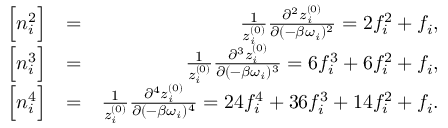
\begin{array} { r l r } { \Big [ n _ { i } ^ { 2 } \Big ] } & { = } & { \frac { 1 } { z _ { i } ^ { ( 0 ) } } \frac { \partial ^ { 2 } z _ { i } ^ { ( 0 ) } } { \partial ( - \beta \omega _ { i } ) ^ { 2 } } = 2 f _ { i } ^ { 2 } + f _ { i } , } \\ { \Big [ { n _ { i } ^ { 3 } } \Big ] } & { = } & { \frac { 1 } { z _ { i } ^ { ( 0 ) } } \frac { \partial ^ { 3 } z _ { i } ^ { ( 0 ) } } { \partial ( - \beta \omega _ { i } ) ^ { 3 } } = 6 f _ { i } ^ { 3 } + 6 f _ { i } ^ { 2 } + f _ { i } , } \\ { \Big [ { n _ { i } ^ { 4 } } \Big ] } & { = } & { \frac { 1 } { z _ { i } ^ { ( 0 ) } } \frac { \partial ^ { 4 } z _ { i } ^ { ( 0 ) } } { \partial ( - \beta \omega _ { i } ) ^ { 4 } } = 2 4 f _ { i } ^ { 4 } + 3 6 f _ { i } ^ { 3 } + 1 4 f _ { i } ^ { 2 } + f _ { i } . } \end{array}